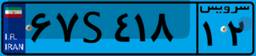
۲۹S۵۴۷۶۷